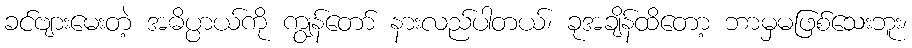
ခင်ဗျားမေးတဲ့ အဓိပ္ပာယ်ကို ကျွန်တော် နားလည်ပါတယ်၊ ခုအချိန်ထိတော့ ဘာမှမဖြစ်သေးဘူး၊